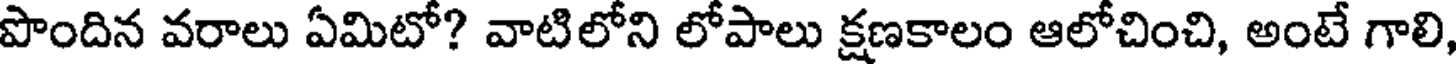
పొందిన వరాలు ఏమిటో? వాటిలోని లోపాలు క్షణకాలం ఆలోచించి, అంటే గాలి,